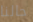
حالنا